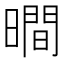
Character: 𣊺